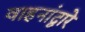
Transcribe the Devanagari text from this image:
वाहनांद्वारे